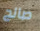
صالح